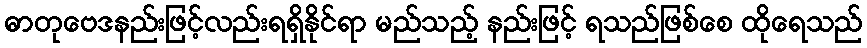
ဓာတုဗေဒနည်းဖြင့်လည်းရရှိနိုင်ရာ မည်သည့် နည်းဖြင့် ရသည်ဖြစ်စေ ထိုရေသည်